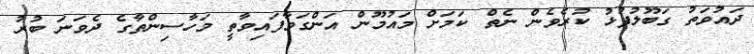
ދައުވަތު ގަބޫލުފުޅު ކުރެވެން ނެތް ކަމަށް މައުމޫން އަންގަވާފައިވާތީ މަހާސިންތާގެ ދެވަނަ ބުރު